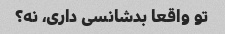
تو واقعا بدشانسی داری، نه؟